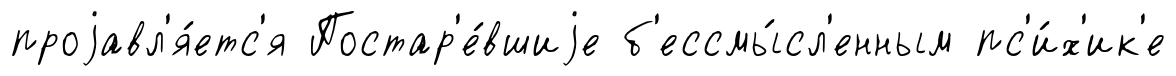
проjавл'я́етс'я Постар'е́вшиjе б'ессмы́сл'енным пс'и́х'ик'е